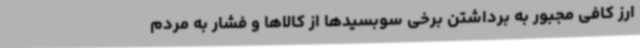
ارز کافی مجبور به برداشتن برخی سوبسیدها از کالاها و فشار به مردم